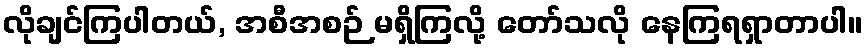
လိုချင်ကြပါတယ်, အစီအစဉ် မရှိကြလို့ တော်သလို နေကြရရှာတာပါ။